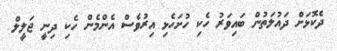
ދެކޮޅަށް ދައުލަތުން ބައިވަރު ހެކި ހުށަހެޅި އިރުވެސް އެންމެން ހެކި ދިނީ ޖަލީލް